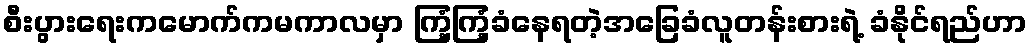
စီးပွားရေးကမောက်ကမကာလမှာ ကြံ့ကြံ့ခံနေရတဲ့အခြေခံလူတန်းစားရဲ့ ခံနိုင်ရည်ဟာ